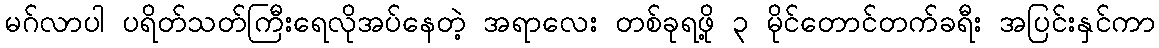
မဂ်လာပါ ပရိတ်သတ်ကြီးရေလိုအပ်နေတဲ့ အရာလေး တစ်ခုရဖို့ ၃ မိုင်တောင်တက်ခရီး အပြင်းနှင်ကာ